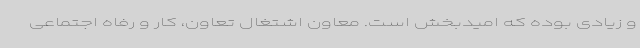
و زیادی بوده که امیدبخش است. معاون اشتغال تعاون، کار و رفاه اجتماعی